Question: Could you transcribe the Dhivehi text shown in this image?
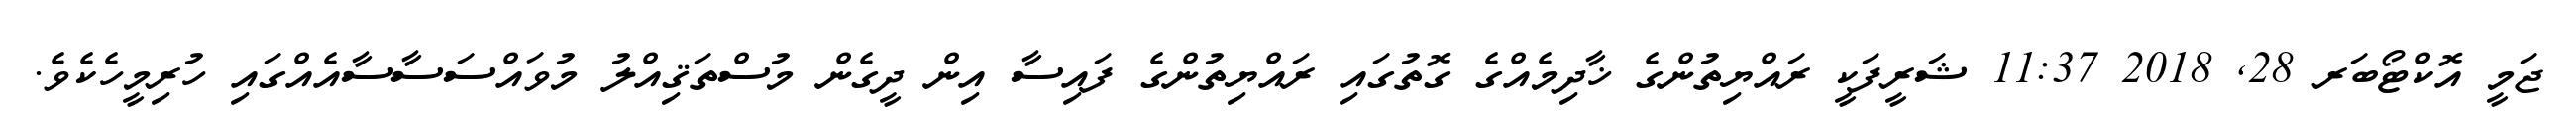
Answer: ޖަމީ އޮކްޓޯބަރ 28, 2018 11:37 ޝަރީފަކީ ރައްޔިތުންގެ ޚާދިމެއްގެ ގޮތުގައި ރައްޔިތުންގެ ފައިސާ އިން ދީގެން މުސްތަޤިއްލު މުވައްސަސާސާއެއްގައި ހުރިމީހެކެވެ.